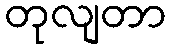
တုလျတာ